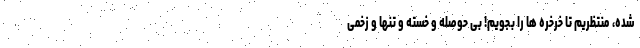
شده، منتظریم تا خرخره ها را بِجَویم! بی حوصله و خسته و تنها و زخمی